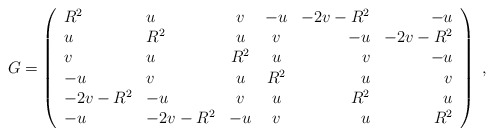
\begin{align*}G=\left(\begin{array}{llccrr}R^2&u&v&-u&-2v-R^2&-u\\u&R^2&u&v&-u&-2v-R^2\\v&u&R^2&u&v&-u\\-u&v&u&R^2&u&v\\-2v-R^2&-u&v&u&R^2&u\\-u&-2v-R^2&-u&v&u&R^2\end{array} \right)\;,\end{align*}